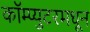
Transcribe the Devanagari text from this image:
कॉम्प्युटरमधून